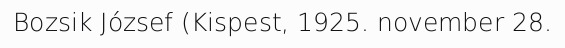
Bozsik József (Kispest, 1925. november 28.